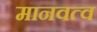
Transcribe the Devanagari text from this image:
मानवत्व